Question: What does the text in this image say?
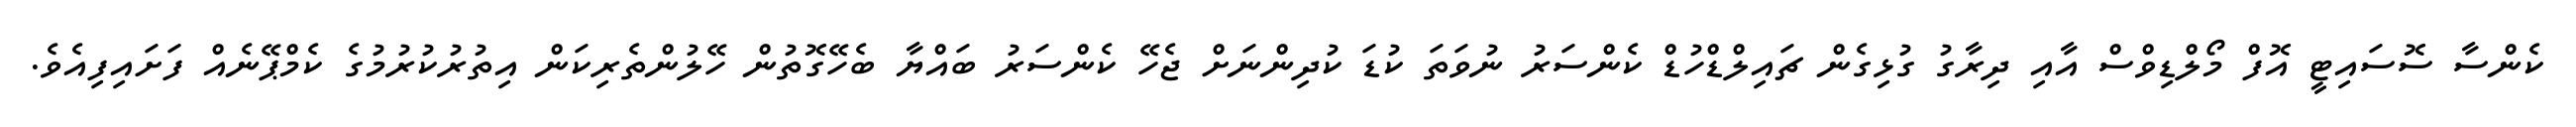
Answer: ކެންސާ ސޮސައިޓީ އޮފް މޯލްޑިވްސް އާއި ދިރާގު ގުޅިގެން ޗައިލްޑްހުޑް ކެންސަރު ނުވަތަ ކުޑަ ކުދިންނަށް ޖެހޭ ކެންސަރު ބައްޔާ ބެހޭގޮތުން ހޭލުންތެރިކަން އިތުރުކުރުމުގެ ކެމްޕޭނެއް ފަށައިފިއެވެ.